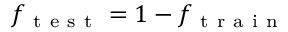
f _ { \mathrm { ~ t ~ e ~ s ~ t ~ } } = 1 - f _ { \mathrm { ~ t ~ r ~ a ~ i ~ n ~ } }